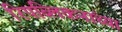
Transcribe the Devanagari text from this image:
रिपब्लिकनांच्या